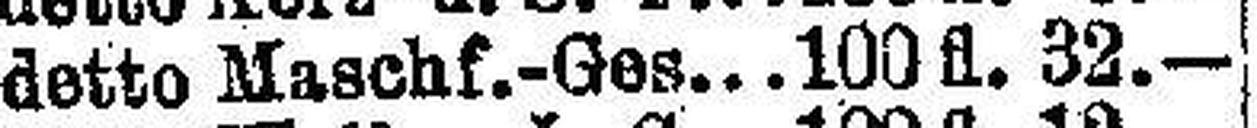
detto Maschf.-Ges 100 fl. 32.—